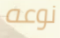
نوعه